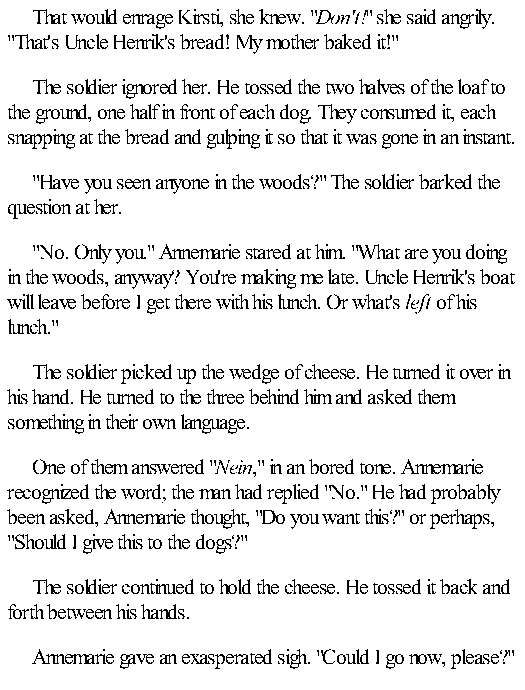
That would enrage Kirsti, she knew. "Don't!" she said angrily.
 "That's Uncle Henrik's bread! My mother baked it!"
 The soldier ignored her. He tossed the two halves of the loaf to
 the ground, one half in front of each dog. They consumed it, each
 snapping at the bread and gulping it so that it was gone in an instant.
 "Have you seen anyone in the woods?" The soldier barked the
 question at her.
 "No. Only you." Annemarie stared at him. "What are you doing
 in the woods, anyway? You're making me late. Uncle Henrik's boat
 will leave before I get there with his lunch. Or what's left of his
 lunch."
 The soldier picked up the wedge of cheese. He turned it over in
 his hand. He turned to the three behind him and asked them
 something in their own language.
 One of them answered "Nein," in an bored tone. Annemarie
 recognized the word; the man had replied "No." He had probably
 been asked, Annemarie thought, "Do you want this?" or perhaps,
 "Should I give this to the dogs?"
 The soldier continued to hold the cheese. He tossed it back and
 forth between his hands.
 Annemarie gave an exasperated sigh. "Could I go now, please?"